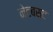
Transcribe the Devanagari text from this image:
नेटबस्ट